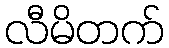
လီမိတက်